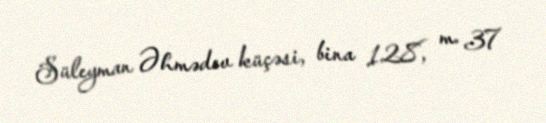
Süleyman Əhmədov küçəsi, bina 128, m. 37